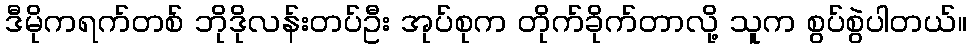
ဒီမိုကရက်တစ် ဘိုဒိုလန်းတပ်ဦး အုပ်စုက တိုက်ခိုက်တာလို့ သူက စွပ်စွဲပါတယ်။